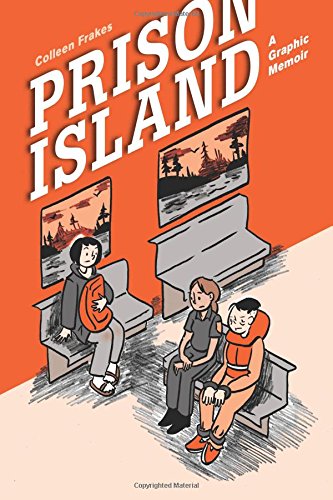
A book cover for Prison Island: A Graphic Memoir; Ms. Colleen Frakes; Comics & Graphic Novels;